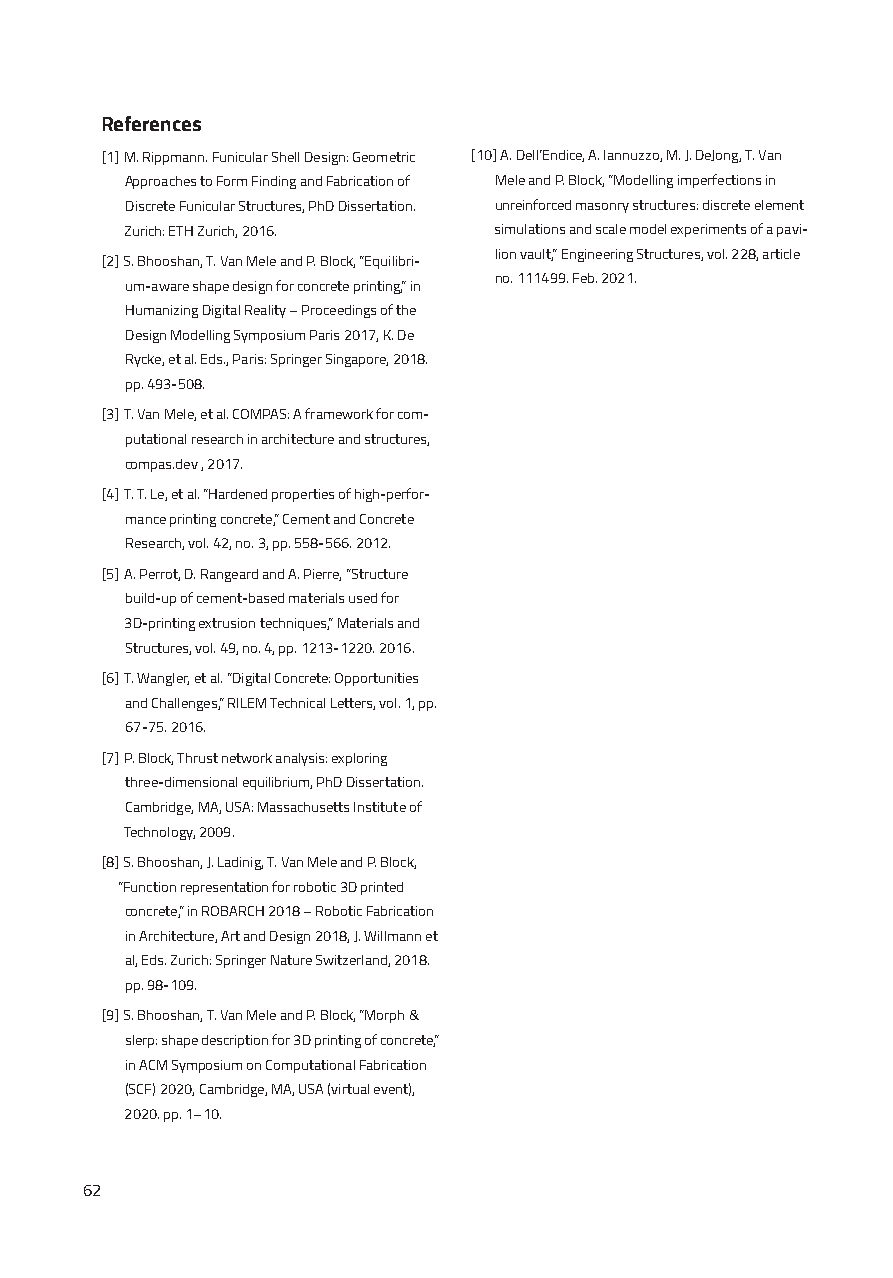
References
 [1] M. Rippmann. Funicular Shell Design: Geometric [10] A. Dell’Endice, A. Iannuzzo, M. J. DeJong, T. Van
 Approaches to Form Finding and Fabrication of Mele and P. Block, “Modelling imperfections in
 Discrete Funicular Structures, PhD Dissertation. unreinforced masonry structures: discrete element
 Zurich: ETH Zurich, 2016. simulations and scale model experiments of a pavi-
 lion vault,” Engineering Structures, vol. 228, article
 [2] S. Bhooshan, T. Van Mele and P. Block, “Equilibri-
 no. 111499. Feb. 2021.
 um-aware shape design for concrete printing,” in
 Humanizing Digital Reality – Proceedings of the
 Design Modelling Symposium Paris 2017, K. De
 Rycke, et al. Eds., Paris: Springer Singapore, 2018.
 pp. 493-508.
 [3] T. Van Mele, et al. COMPAS: A framework for com-
 putational research in architecture and structures,
 compas.dev , 2017.
 [4] T. T. Le, et al. “Hardened properties of high-perfor-
 mance printing concrete,” Cement and Concrete
 Research, vol. 42, no. 3, pp. 558-566. 2012.
 [5] A. Perrot, D. Rangeard and A. Pierre, “Structure
 build-up of cement-based materials used for
 3D-printing extrusion techniques,” Materials and
 Structures, vol. 49, no. 4, pp. 1213-1220. 2016.
 [6] T. Wangler, et al. “Digital Concrete: Opportunities
 and Challenges,” RILEM Technical Letters, vol. 1, pp.
 67-75. 2016.
 [7] P. Block, Thrust network analysis: exploring
 three-dimensional equilibrium, PhD Dissertation.
 Cambridge, MA, USA: Massachusetts Institute of
 Technology, 2009.
 [8] S. Bhooshan, J. Ladinig, T. Van Mele and P. Block,
 “Function representation for robotic 3D printed
 concrete,” in ROBARCH 2018 – Robotic Fabrication
 in Architecture, Art and Design 2018, J. Willmann et
 al, Eds. Zurich: Springer Nature Switzerland, 2018.
 pp. 98-109.
 [9] S. Bhooshan, T. Van Mele and P. Block, “Morph &
 slerp: shape description for 3D printing of concrete,”
 in ACM Symposium on Computational Fabrication
 (SCF) 2020, Cambridge, MA, USA (virtual event),
 2020. pp. 1–10.
 62